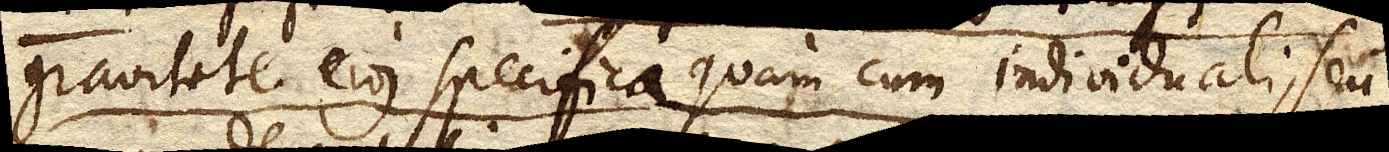
gravitate ejus specifica quam cum individuali, seu